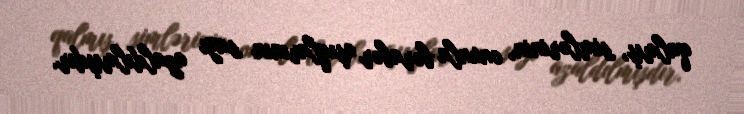
qalmış, simlərinin, onunla bərabər aşıqlarının sayı azaldılmışdır.